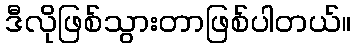
ဒီလိုဖြစ်သွားတာဖြစ်ပါတယ်။